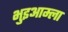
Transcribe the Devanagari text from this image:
भुइआम्ला